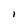
Character: I